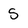
Character: S